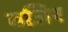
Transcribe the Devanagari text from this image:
वजिर